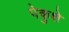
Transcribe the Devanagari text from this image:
पेकुशे